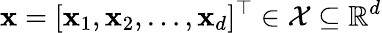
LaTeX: \mathbf{x}=[\mathbf{x}_{1},\mathbf{x}_{2},\ldots,\mathbf{x}_{d}]^{\top}\in\mathcal{{X}}\subseteq\mathbb{{R}}^{d}